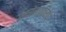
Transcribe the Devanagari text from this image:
स्वरोगप्रतिरोध